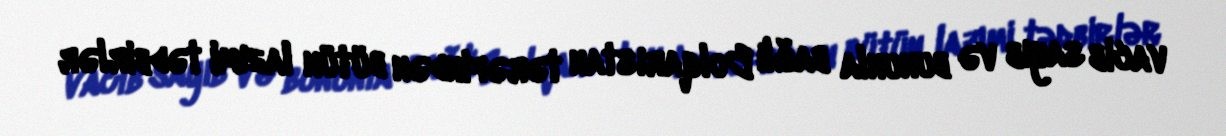
vacib sayıb və bununla bağlı Bolqarıstan tərəfindən bütün lazımi tədbirlər